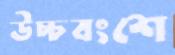
উচ্চবংশে